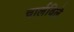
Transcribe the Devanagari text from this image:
चार्लविले